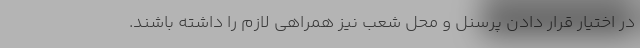
در اختیار قرار دادن پرسنل و محل شعب نیز همراهی لازم را داشته باشند.